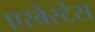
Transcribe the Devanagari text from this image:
एस्वेस्टेस